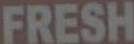
FRESH